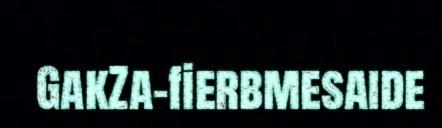
GakZa-fierbmesaide